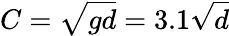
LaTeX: C={\sqrt{gd}}=3.1{\sqrt{d}}